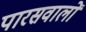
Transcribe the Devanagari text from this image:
पारसवालों